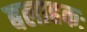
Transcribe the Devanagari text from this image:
बलाहकः